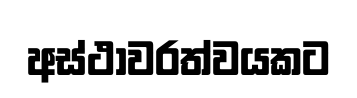
අස්ථාවරත්වයකට